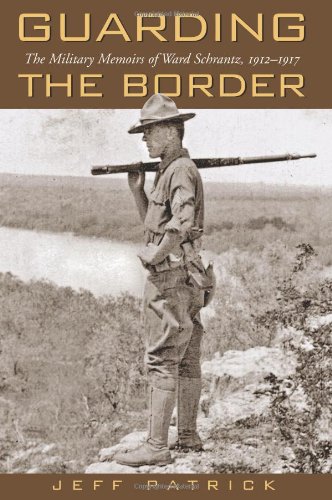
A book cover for Guarding the Border: The Military Memoirs of the Ward Schrantz, 1912-1917 (Canseco-Keck History Series); Jeff Patrick; Biographies & Memoirs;